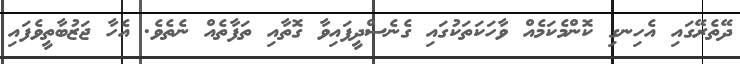
ދޭތެރޭގައި އެހިނގި ކޮންމެކަމެއް ވާހަކަތަކުގައި ގެނެސްދީފައިވާ ގޮތާއި ތަފާތެއް ނެތެވެ. އެހާ ޖަޒުބާތީވެފައި